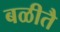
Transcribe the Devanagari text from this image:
बळीतै